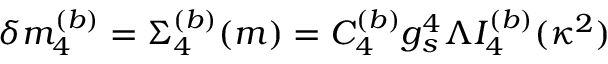
\delta m _ { 4 } ^ { ( b ) } = \Sigma _ { 4 } ^ { ( b ) } ( m ) = C _ { 4 } ^ { ( b ) } g _ { s } ^ { 4 } \Lambda I _ { 4 } ^ { ( b ) } ( \kappa ^ { 2 } )